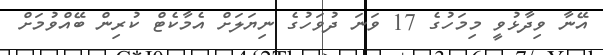
އޭނާ ވިދާޅުވީ މިމަހުގެ 17 ވަނަ ދުވަހުގެ ނިޔަލަށް އެމާކެޓް ކުރިން ބޭއްވުމަށް